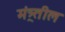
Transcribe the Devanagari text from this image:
मंत्र्र्तील